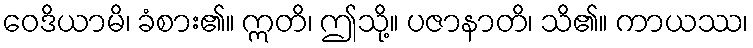
ဝေဒိယာမိ၊ ခံစား၏။ ဣတိ၊ ဤသို့။ ပဇာနာတိ၊ သိ၏။ ကာယဿ၊